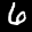
Label: 6